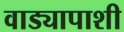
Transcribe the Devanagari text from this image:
वाड्यापाशी